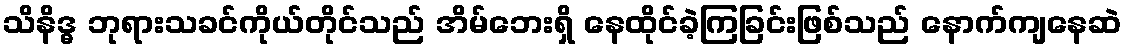
သိနိဒ္ဓ ဘုရားသခင်ကိုယ်တိုင်သည် အိမ်ဘေးရှိ နေထိုင်ခဲ့ကြခြင်းဖြစ်သည် နောက်ကျနေဆဲ